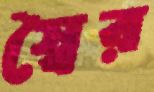
স্বৈর